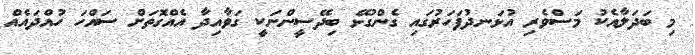
މި ބަދަލާއެކު މަސްވެރި އުޅަނދުފަހަރުގައި ގެންގުޅޭ ބިދޭސީންނަކީ ގަވާއިދާ އެއްގޮތަށް ސައްހަ ހުއްދައެއް